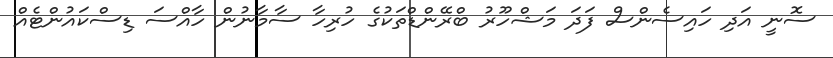
ސޮނީ އަދި ހައިސެންސް ފަދަ މަޝްހޫރު ބްރޭންޑްތަކުގެ ހުރިހާ ސާމާނުން ހާއްސަ ޑިސްކައުންޓެއް